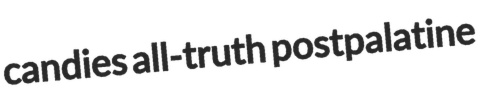
candies all-truth postpalatine